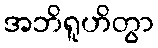
အဘိရူဟိတွာ